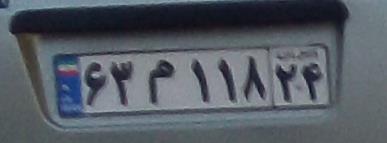
۶۳م۱۱۸۲۴